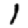
Digit: 1